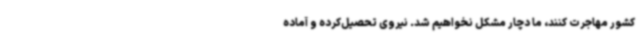
کشور مهاجرت کنند، ما دچار مشکل نخواهیم شد. نیروی تحصیل‌کرده و آماده